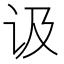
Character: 𲂅